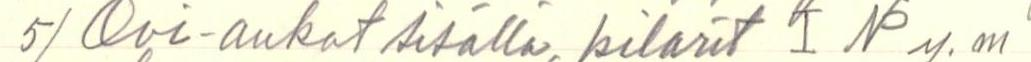
5) Ovi-aukot sisällä, pilarit I IP y.m